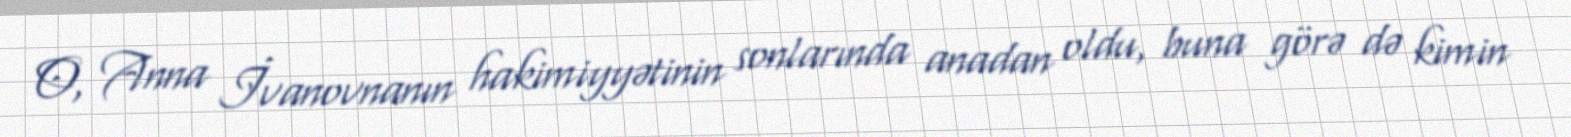
O, Anna İvanovnanın hakimiyyətinin sonlarında anadan oldu, buna görə də kimin